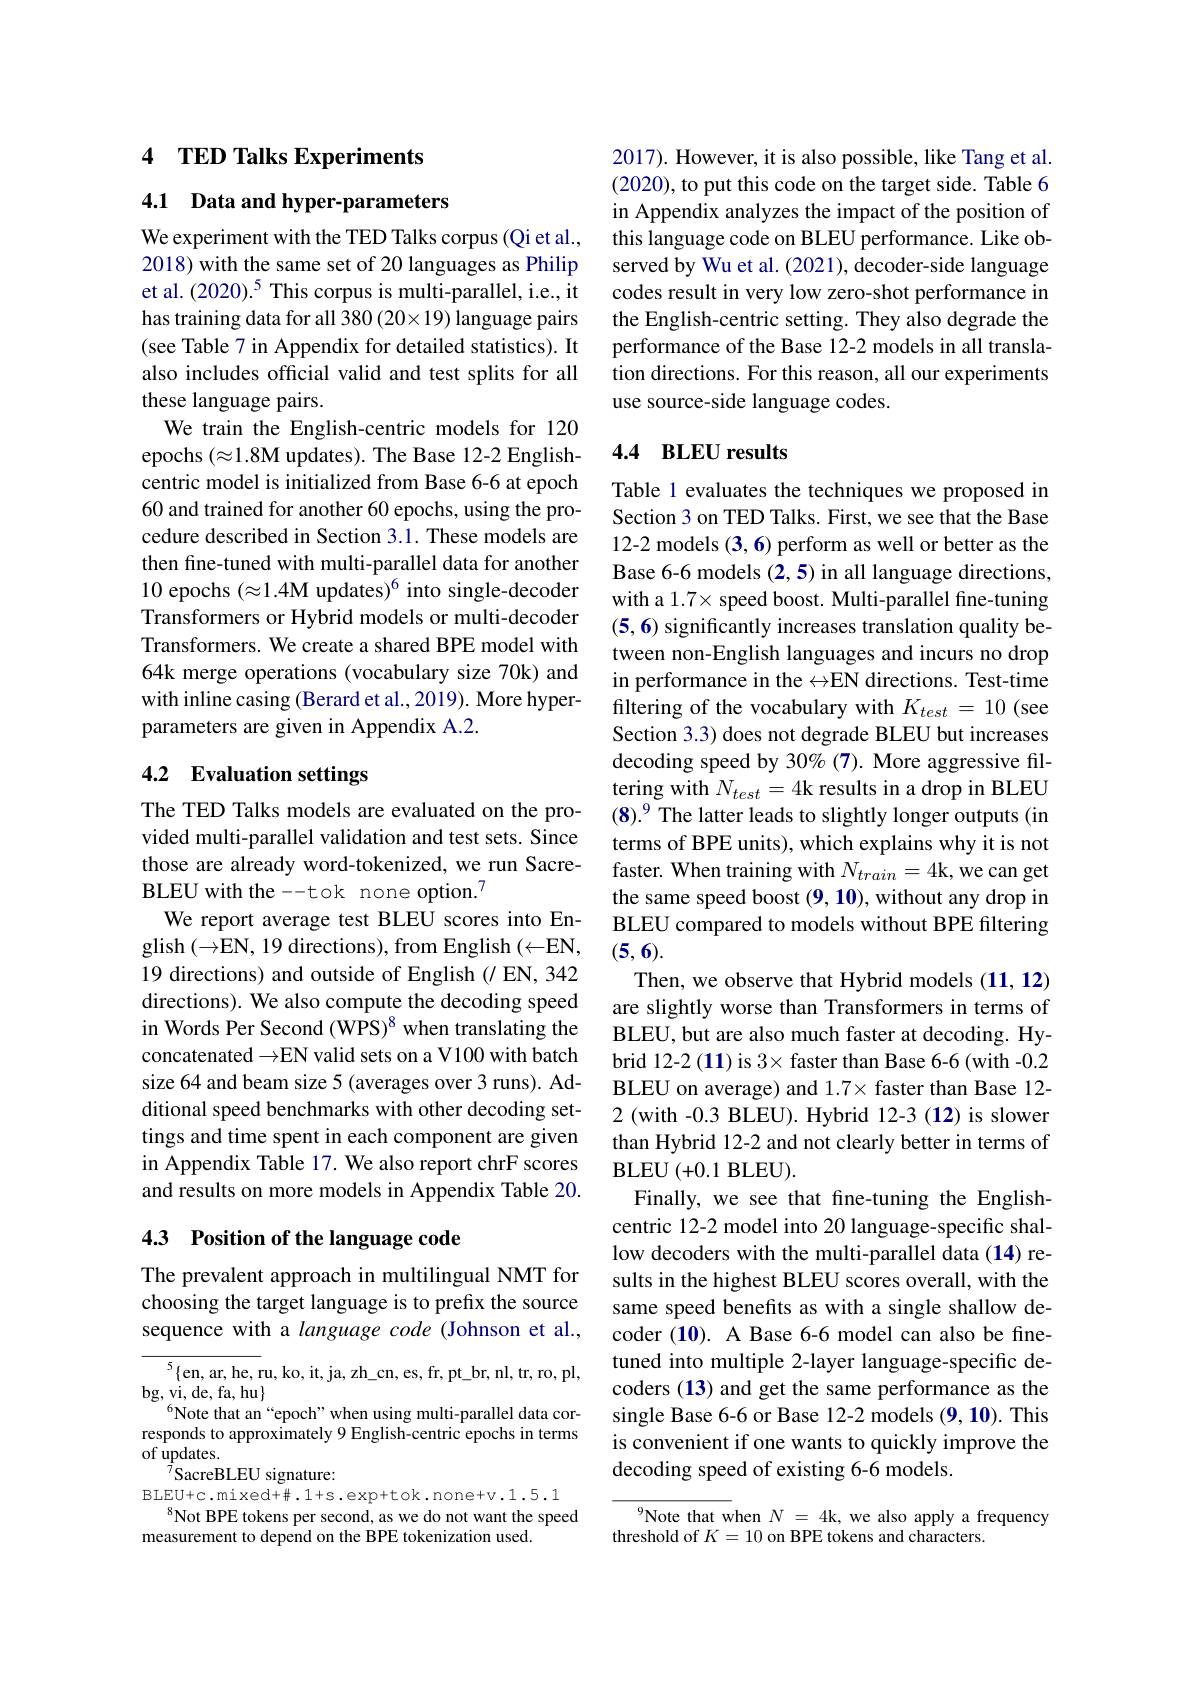
## 4 TED Talks Experiments

4.1 Data and hyper-parameters

We experiment with the TED Talks corpus (Qi et al., 2018) with the same set of 20 languages as Philip et al. (2020).$^{5}$ This corpus is multi-parallel, i.e., it has training data for all 380 (20\times19) language pairs (see Table 7 in Appendix for detailed statistics). It also includes official valid and test splits for all these language pairs.
We train the English-centric models for 120 epochs $(\approx1.8$M updates). The Base 12-2 Englishcentric model is initialized from Base 6-6 at epoch 60 and trained for another 60 epochs, using the procedure described in Section 3.1. These models are then fine-tuned with multi-parallel data for another 10 epochs (\approx1.4M updates)$^6$ into single-decoder Transformers or Hybrid models or multi-decoder Transformers. We create a shared BPE model with 64k merge operations (vocabulary size 70k) and with inline casing (Berard et al.,2019). More hyperparameters are given in Appendix A.2.

## 4.2 Evaluation settings

The TED Talks models are evaluated on the provided multi-parallel validation and test sets. Since those are already word-tokenized, we run SacreBLEU with the --tok none option.$^{7}$
We report average test BLEU scores into English $(\rightarrow$EN, 19 directions), from English $(\leftarrow$EN, 19 directions) and outside of English (/ EN, 342 directions). We also compute the decoding speed in Words Per Second (WPS)$^{8}$ when translating the concatenated →EN valid sets on a V100 with batch size 64 and beam size 5 (averages over 3 runs). Additional speed benchmarks with other decoding settings and time spent in each component are given in Appendix Table 17. We also report chrF scores and results on more models in Appendix Table 20.

# 4.3 Position of the language code

The prevalent approach in multilingual NMT for choosing the target language is to prefix the source sequence with a language code (Johnson et al.,

${\overline{{^5}\{\mathrm{en,~ar,~he,~r}}}$u,ko,it,ja,zh$\_$cn,es,fr,pt$\_$br,nl,tr,ro,pl,
bg, vi, de, fa, hu$\}$
$^{6}$Note that an“epoch”when using multi-parallel data corresponds to approximately 9 English-centric epochs in terms of updates.
$^{7}$SacreBLEU signature:
$BLEU+c.mixed+\#.1+s.exp+tok.none+v.1.5.1$
$^{8}$Not BPE tokens per second, as we do not want the speed
measurement to depend on the BPE tokenization used.

2017). However, it is also possible, like Tang et al. (2020), to put this code on the target side. Table 6 in Appendix analyzes the impact of the position of this language code on BLEU performance. Like observed by Wu et al. (2021), decoder-side language codes result in very low zero-shot performance in the English-centric setting. They also degrade the performance of the Base 12-2 models in all translation directions. For this reason, all our experiments use source-side language codes.

## 4.4 BLEU results

Table 1 evaluates the techniques we proposed in Section 3 on TED Talks. First, we see that the Base 12-2 models (3,6) perform as well or better as the Base 6-6 models (2,5) in all language directions, with a 1.7× speed boost. Multi-parallel fine-tuning (5, 6) significantly increases translation quality between non-English languages and incurs no drop in performance in the $\leftrightarrow$EN directions. Test-time filtering of the vocabulary with $K_{test}=10$ (see Section 3.3) does not degrade BLEU but increases decoding speed by 30%(7). More aggressive filtering with $N_{test}=4$k results in a drop in BLEU (8).9 The latter leads to slightly longer outputs (in terms of BPE units), which explains why it is not faster. When training with $N_train=4$k, we can get the same speed boost (9, 10), without any drop in BLEU compared to models without BPE filtering (5,6).
Then, we observe that Hybrid models (11, 12) are slightly worse than Transformers in terms of BLEU, but are also much faster at decoding. Hybrid 12-2(11) is 3× faster than Base 6-6(with -0.2 BLEU on average) and $1.7\times$ faster than Base 12- 2(with -0.3 BLEU). Hybrid 12-3 (12) is slower than Hybrid 12-2 and not clearly better in terms of BLEU(+0.1BLEU).
Finally, we see that fine-tuning the Englishcentric 12-2 model into 20 language-specific shallow decoders with the multi-parallel data (14) results in the highest BLEU scores overall, with the same speed benefits as with a single shallow decoder (10). A Base 6-6 model can also be finetuned into multiple 2-layer language-specific decoders (13) and get the same performance as the single Base 6-6 or Base 12-2 models (9, 10). This is convenient if one wants to quickly improve the decoding speed of existing 6-6 models.

$^{9}$Note that when $N=4$k, we also apply a frequency
threshold of $K=10$ on BPE tokens and characters.